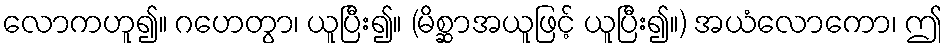
လောကဟူ၍။ ဂဟေတွာ၊ ယူပြီး၍။ (မိစ္ဆာအယူဖြင့် ယူပြီး၍။) အယံလောကော၊ ဤ